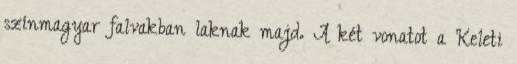
színmagyar falvakban laknak majd. A két vonatot a Keleti